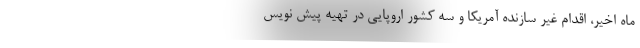
ماه اخیر، اقدام غیر سازنده آمریکا و سه کشور اروپایی در تهیه پیش نویس